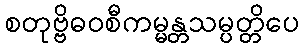
စတုဗ္ဗိဓဝစီကမ္မန္တသမ္ပတ္တိပေ